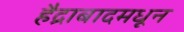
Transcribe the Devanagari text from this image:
हैद्राबादमधून